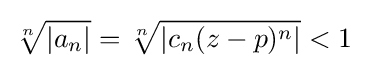
{\sqrt[{n}]{|a_{n}|}}={\sqrt[{n}]{|c_{n}(z-p)^{n}|}}<1